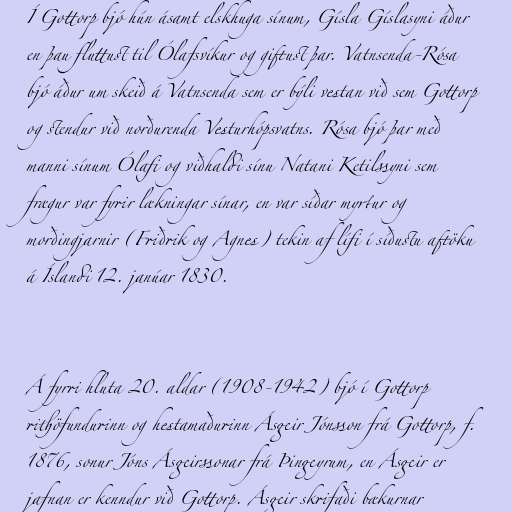
Í Gottorp bjó hún ásamt elskhuga sínum, Gísla Gíslasyni áður
en þau fluttust til Ólafsvíkur og giftust þar. Vatnsenda-Rósa
bjó áður um skeið á Vatnsenda sem er býli vestan við sem Gottorp
og stendur við norðurenda Vesturhópsvatns. Rósa bjó þar með
manni sínum Ólafi og viðhaldi sínu Natani Ketilssyni sem
frægur var fyrir lækningar sínar, en var síðar myrtur og
morðingjarnir (Friðrik og Agnes) tekin af lífi í síðustu aftöku
á Íslandi 12. janúar 1830.

Á fyrri hluta 20. aldar (1908-1942) bjó í Gottorp
rithöfundurinn og hestamaðurinn Ásgeir Jónsson frá Gottorp, f.
1876, sonur Jóns Ásgeirssonar frá Þingeyrum, en Ásgeir er
jafnan er kenndur við Gottorp. Ásgeir skrifaði bækurnar